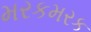
મરકમરક